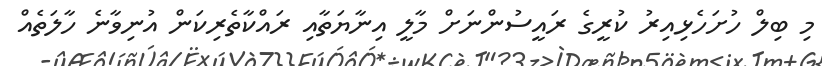
މި ބިލް ހުށަހެޅިއިރު ކުރީގެ ރައީސުންނަށް މާލީ އިނާޔަތާއި ރައްކާތެރިކަން އުނިވާނެ ހާލަތެއް